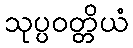
သုပ္ပဝတ္တိယံ